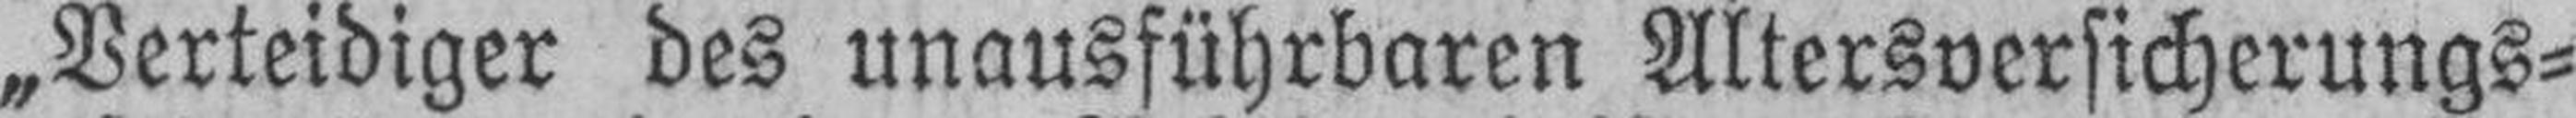
„Verteidiger des unausführbaren Altersversicherungs¬